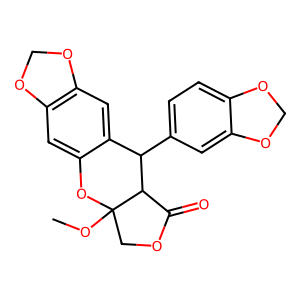
SMILES: COC12COC(=O)C1C(c1ccc3c(c1)OCO3)c1cc3c(cc1O2)OCO3
Inhibits HIV replication: No